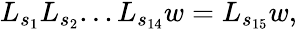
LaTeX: \begin{array}{r}{L_{s_{1}}L_{s_{2}}...L_{s_{14}}w=L_{s_{15}}w,}\end{array}